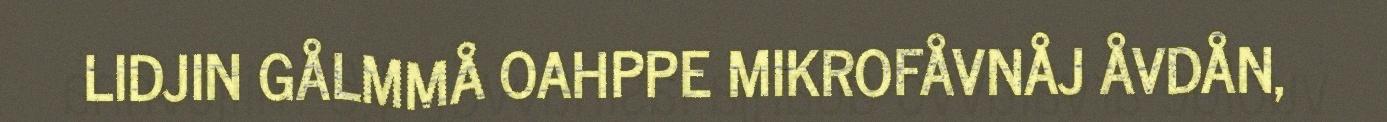
LIDJIN GÅLMMÅ OAHPPE MIKROFÅVNÅJ ÅVDÅN,